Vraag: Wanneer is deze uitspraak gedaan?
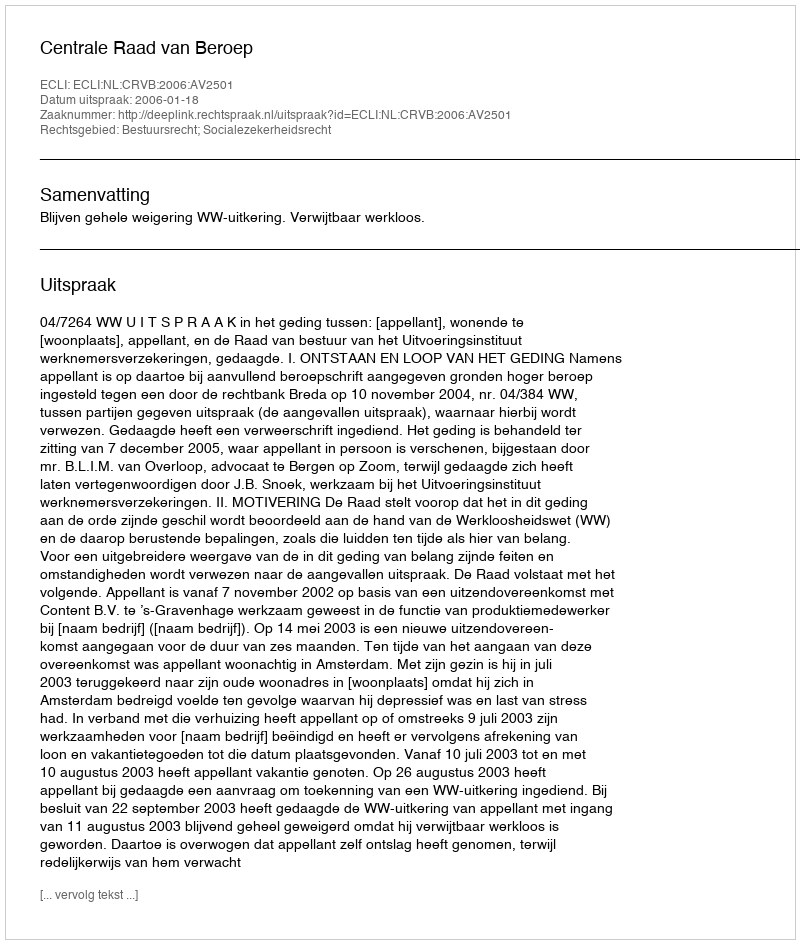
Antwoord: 2006-01-18